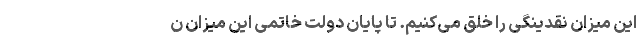
این میزان نقدینگی را خلق می‌کنیم. تا پایان دولت خاتمی این میزان ن